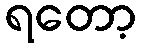
ရတော့